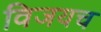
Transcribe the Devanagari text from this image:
विजयच